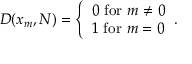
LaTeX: D ( x _ { m } , N ) = { \left\{ \begin{array} { l l } { 0 { \mathrm { ~ f o r ~ } } m \neq 0 } \\ { 1 { \mathrm { ~ f o r ~ } } m = 0 } \end{array} \right. } .